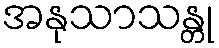
အနုသာသန္တု